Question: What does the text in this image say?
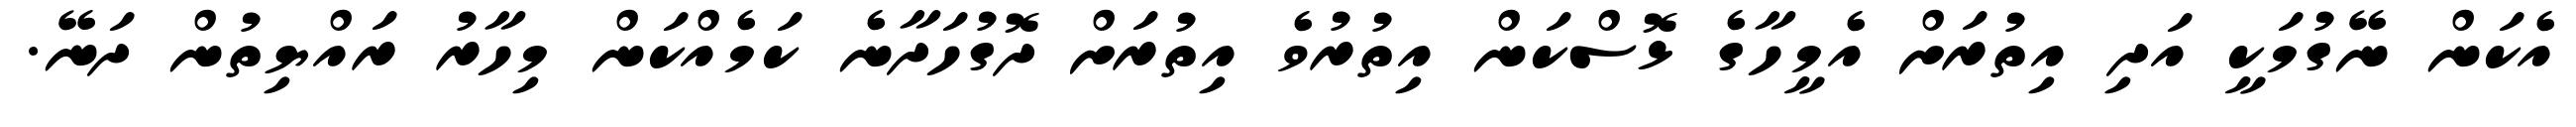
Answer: އެކަން ނޭގުމަކީ އަދި އިތުރަށް އެމީހާގެ ޅޮސްކަން އިތުރުވެ އިތުރަށް ދޮގުހަދާނެ ކަމެއްކަން މިހާރު ރައްޔިތުން ދަނޭ.